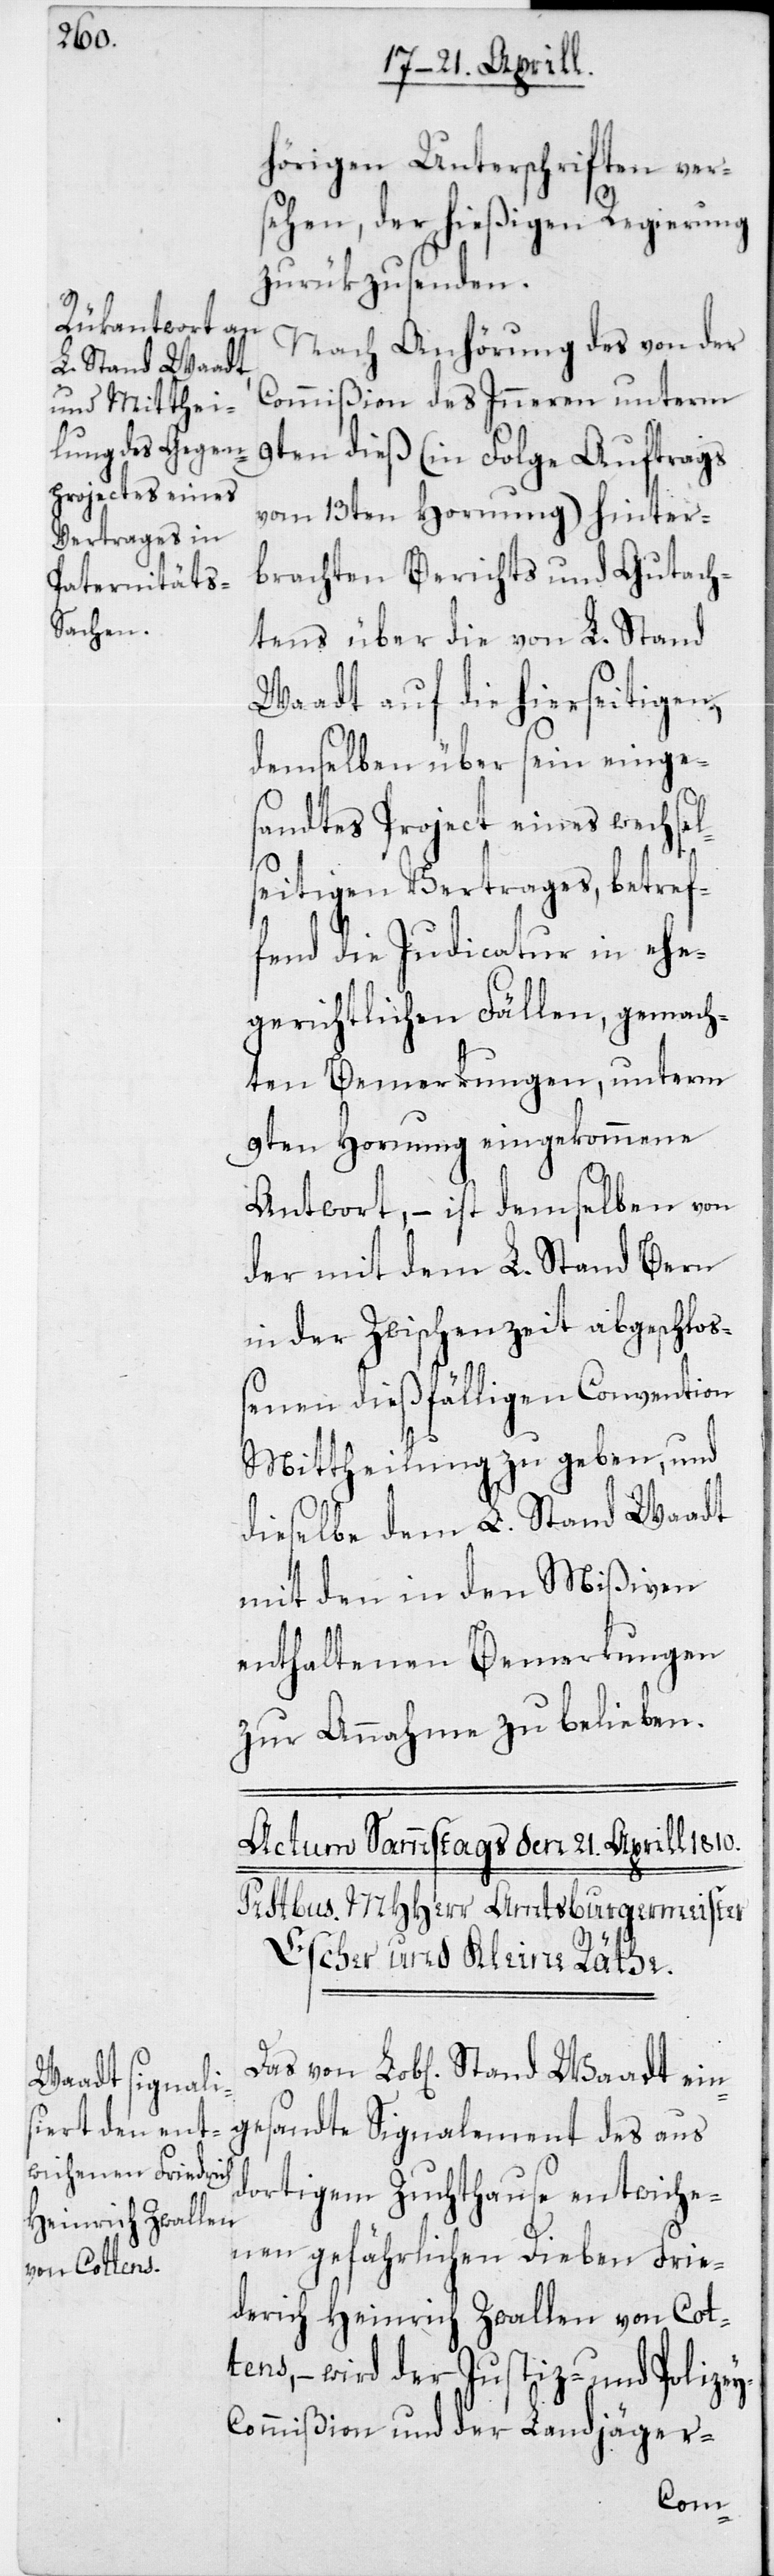
hörigen Unterschriften ver¬
sehen, der hießigen Regierung
zurükzusenden.
Nach Anhörung des von der
Stand Waadt
Commißion des Inneren unterm
9ten dieß (in Folge Auftrags
vom 13ten Hornung) hinter¬
brachten Berichts und Gutach¬
tens über die von L. Stand
Waadt auf die hierseitigen,
demselben über sein einges¬
andtes Project eines wechsel¬
seitigen Vertrages, betref¬
fend die Judicatur in ehe¬
gerichtlichen Fällen, gemach¬
ten Bemerkungen, unterm
9ten Hornung eingekommene
Antwort, – ist demselben von
der mit dem L. Stand Bern
in der Zwischenzeit abgeschloß¬
enen dießfälligen Convention
Mittheilung zu geben, und
dieselbe dem L. Stand Waadt
mit den in den Mißiven
enthaltenen Bemerkungen
zur Annahme zu belieben.
gesandte Signalement des aus
dortigem Zuchthause entwiche¬
nen gefährlichen Dieben Frie¬
derich Heinrich Zwallen von Cot¬
tens, – wird der Justiz- und Polize¬
y-Commißion und der Landjäger-
ein¬